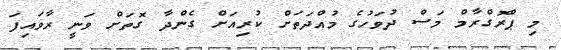
މި ޕްރޮގްރާމް މަސް ދުވަހުގެ މުއްދަތަށް ކުރިއަށް ގެންދާ ގޮތަށް ވަނީ ރާވައިފަ